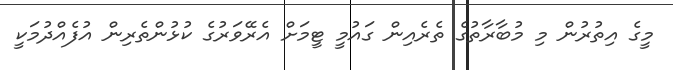
މީގެ އިތުރުން މި މުބާރާތުގެ ތެރެއިން ގައުމީ ޓީމަށް އެރޭވަރުގެ ކުޅުންތެރިން އުފެއްދުމަކީ